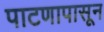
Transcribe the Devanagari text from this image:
पाटणापासून